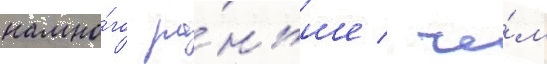
намно́го ра́ньше / че́м